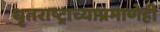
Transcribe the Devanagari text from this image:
धृतराष्ट्राच्याप्रमाणेही